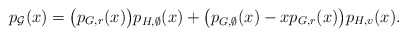
\begin{align*}p_{\mathcal{G}}(x)=\big(p_{G,r}(x)\big)p_{H,\emptyset}(x)+\big(p_{G,\emptyset}(x)-xp_{G,r}(x)\big)p_{H,v}(x).\end{align*}